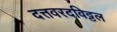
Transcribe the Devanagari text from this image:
दत्तवरदविठ्ठल